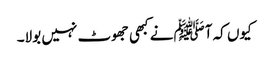
کیوں کہ آﷺنے کبھی جھوٹ نہیں بولا۔